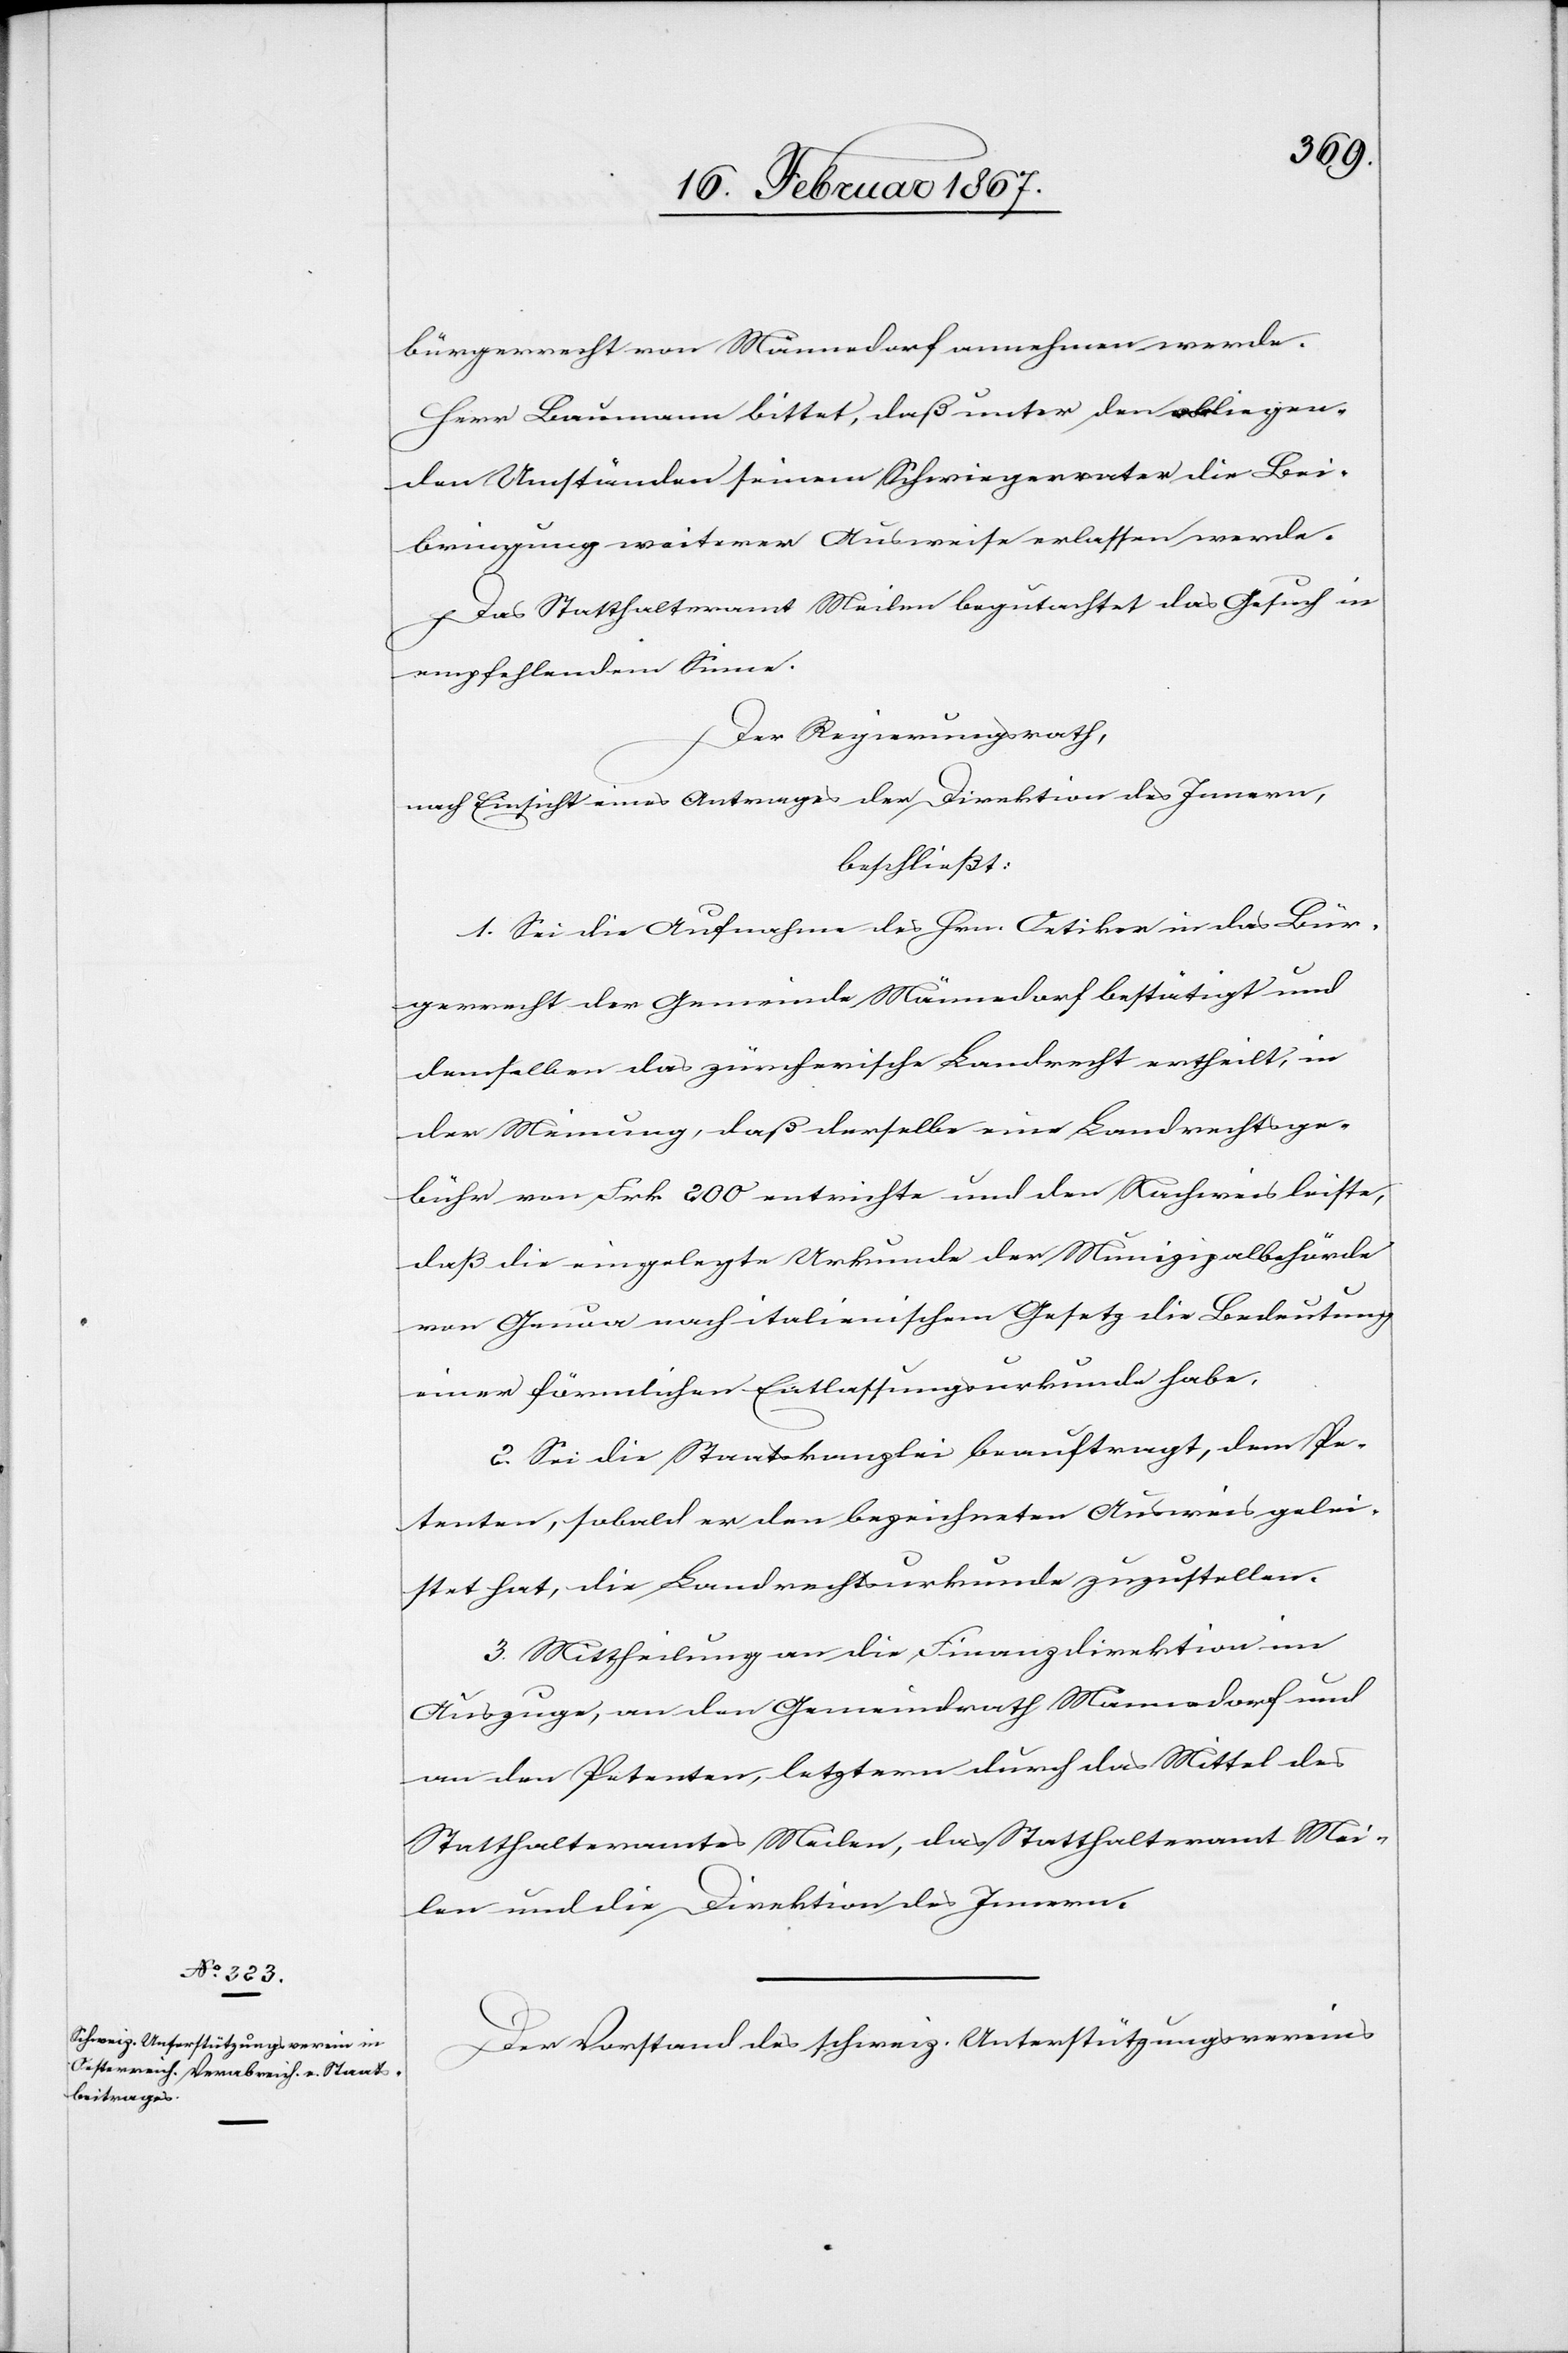
bürgerrecht von Männedorf annehmen werde.
Herr Baumann bittet, daß unter den obliegen¬
den Umständen seinem Schwiegervater die Bei¬
bringung weiterer Ausweise erlassen werde.
Das Statthalteramt Meilen begutachtet das Gesuch in
empfehlendem Sinne.
Der Regierungsrath,
nach Einsicht eines Antrages der Direktion des Innern,
beschließt:
1. Sei die Aufnahme des Hrn. Oetiker in das Bür¬
gerrecht der Gemeinde Männedorf bestätigt und
demselben das zürcherische Landrecht ertheilt, in
der Meinung, daß derselbe eine Landrechtsge¬
bühr von Frk. 200 entrichte und den Nachweis leiste,
daß die eingelegte Urkunde der Munizipalbehörde
von Genua nach italienischem Gesetz die Bedeutung
einer förmlichen Entlassungsurkunde habe.
2. Sei die Staatskanzlei beauftragt, dem Pe¬
tenten, sobald er den bezeichneten Ausweis gelei¬
stet hat, die Landrechtsurkunde zuzustellen.
3. Mittheilung an die Finanzdirektion im
Auszuge, an den Gemeindrath Männedorf und
an den Petenten, letztern durch das Mittel des
Statthalteramtes Meilen, das Statthalteramt Mei¬
len und die Direktion des Innern.
Der Vorstand des schweiz. Unterstützungsvereins